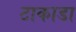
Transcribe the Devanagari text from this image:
टाकाडा